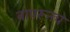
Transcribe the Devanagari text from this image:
वापरूनच